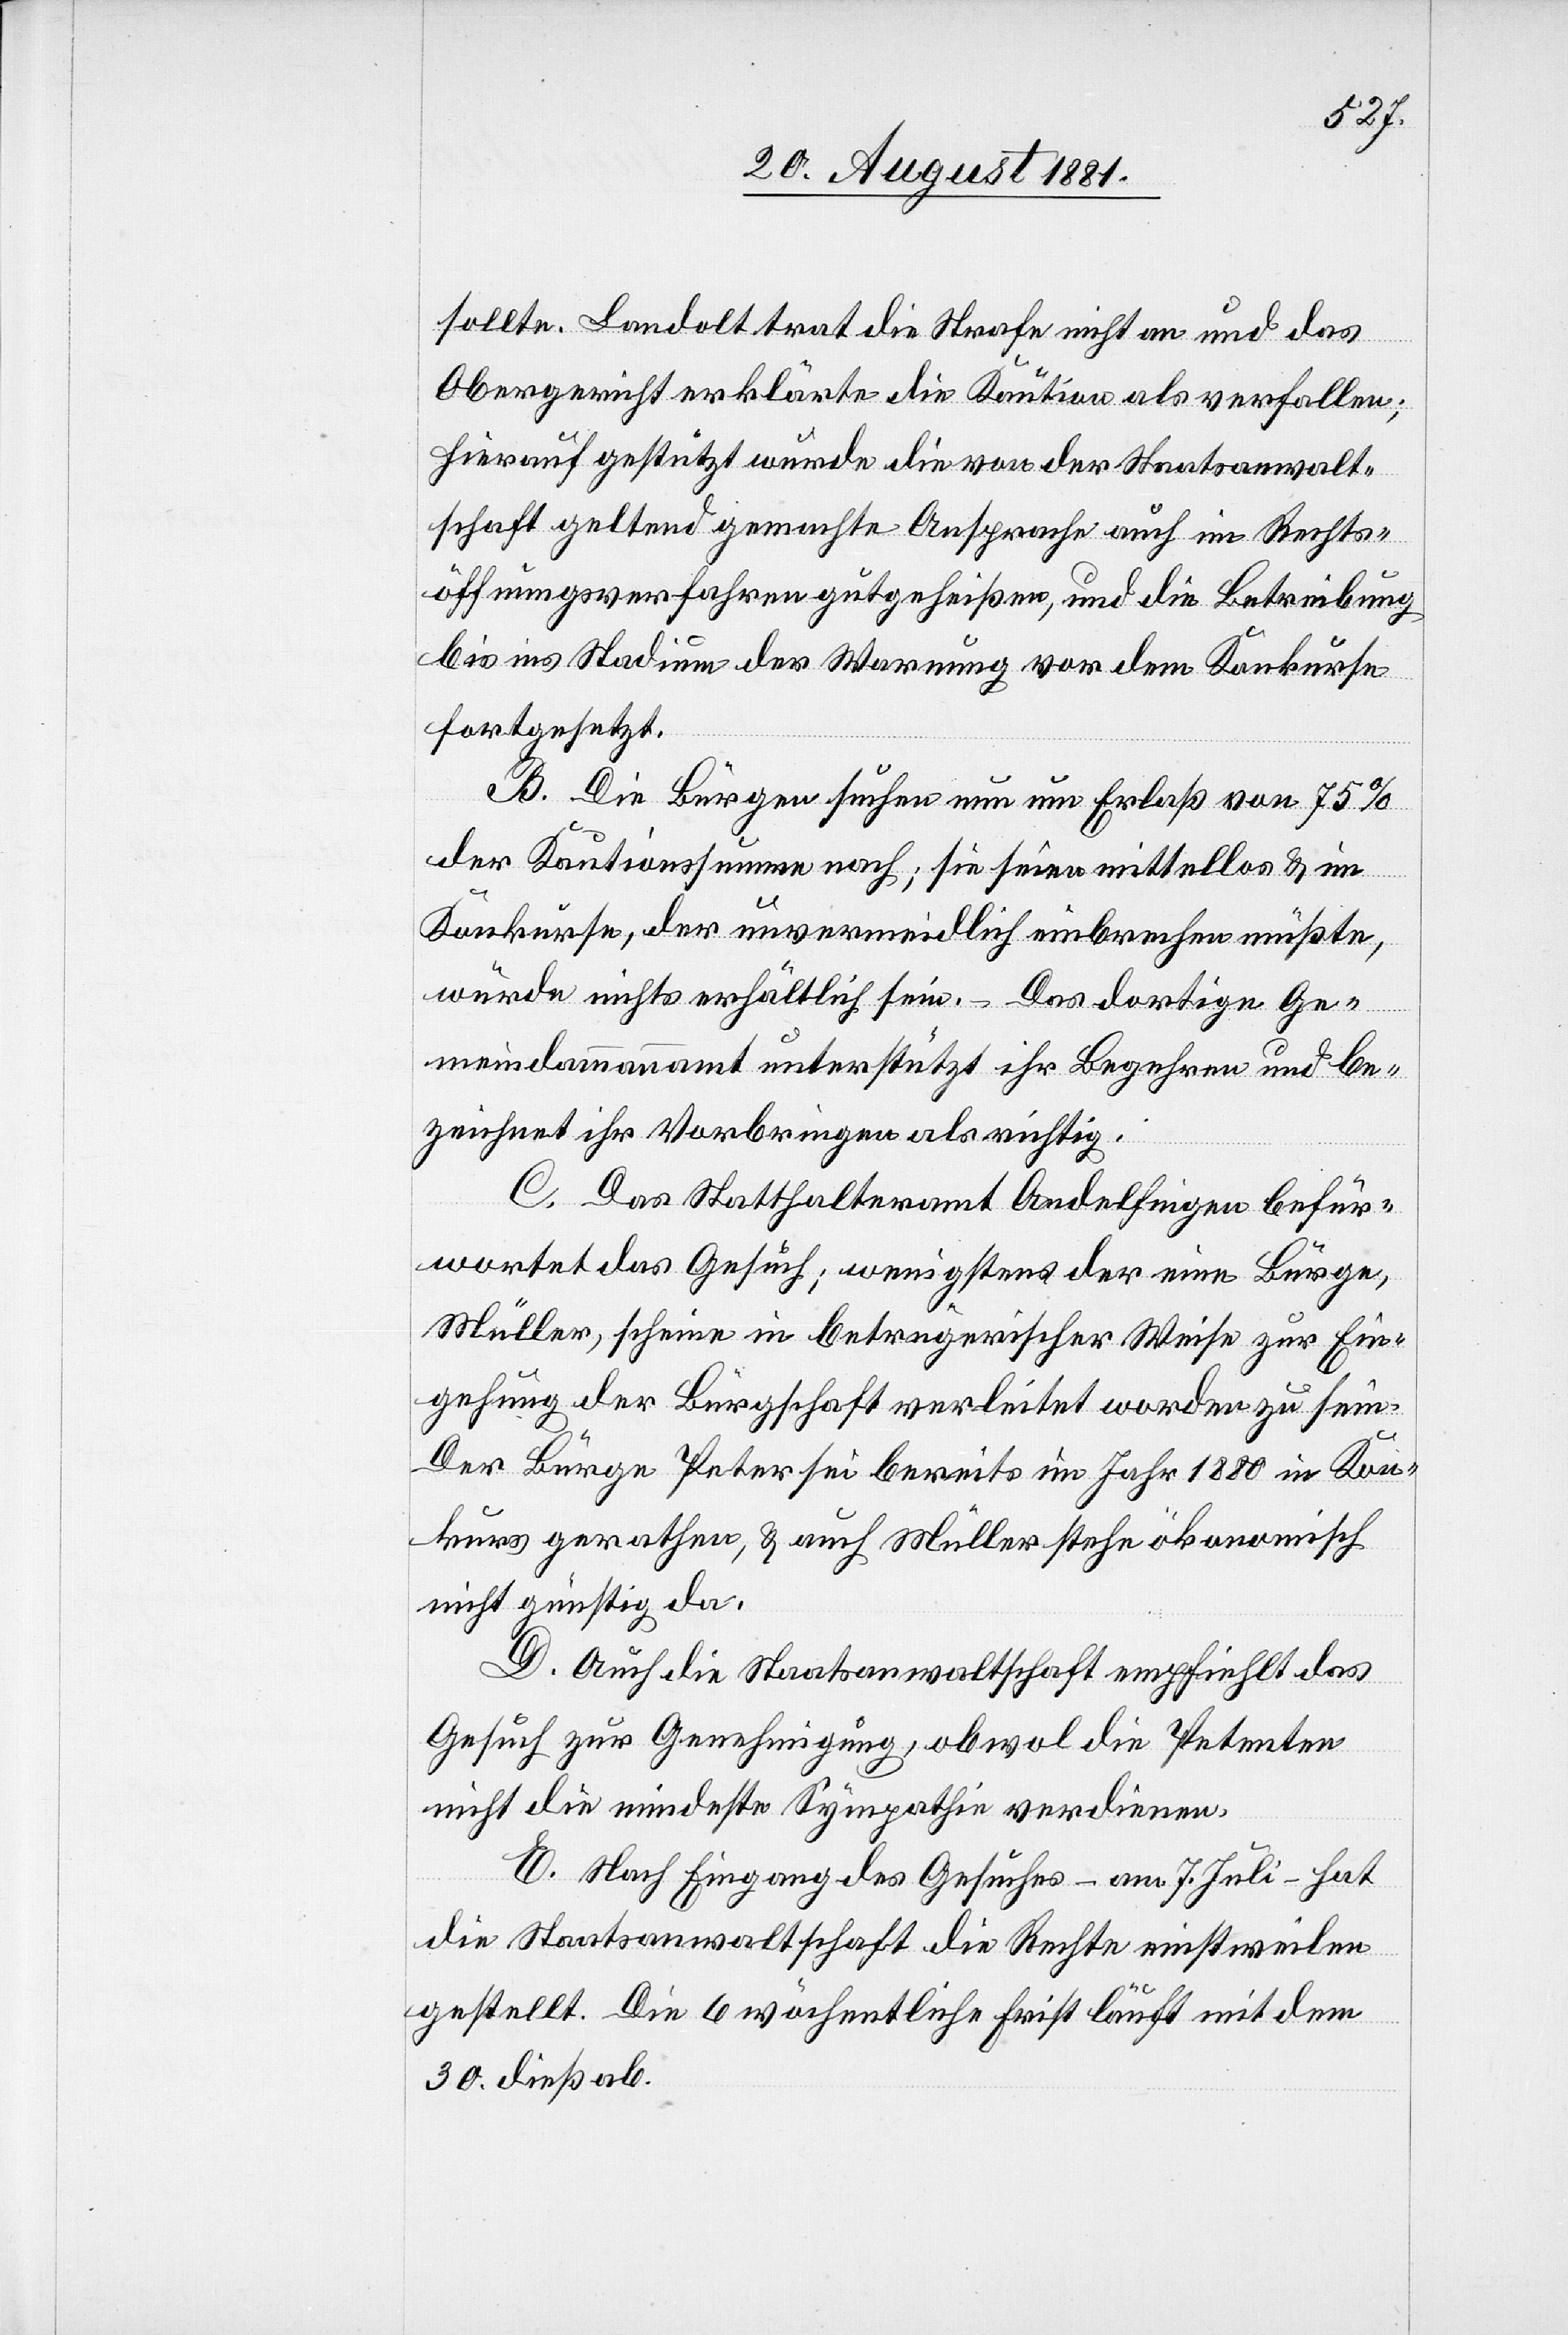
sollte. Landolt trat die Strafe nicht an und das
Obergericht erklärte die Kaution als verfallen;
hierauf gestützt wurde die von der Staatsanwalt¬
schaft geltend gemachte Ansprache auch im Rechts¬
öffnungsverfahren gutgeheißen, und die Betreibung
bis ins Stadium der Warnung vor dem Konkurse
fortgesetzt.
B. Die Bürger suchen nun um Erlaß von 75%
der Kautionssumme nach; sie seien mittellos & im
Konkurse, der unvermeidlich einbrechen müßte,
würde nichts erhältlich sein. – Das dortige Ge¬
meindammannamt unterstützt ihr Begehren und be¬
zeichnet ihr Vorbringen als richtig.
C. Das Statthalteramt Andelfingen befür¬
wortet das Gesuch; wenigstens der eine Bürge,
Müller, scheine in betrügerischer Weise zur Ein¬
gehung der Bürgschaft verleitet worden zu sein.
Der Bürge Peter sei bereits im Jahr 1880 in Kon¬
kurs gerathen, & auch Müller stehe ökonomisch
nicht günstig da.
D. Auch die Staatsanwaltschaft empfiehlt das
Gesuch zur Genehmigung, obwol die Petenten
nicht die mindeste Sympathie verdienen.
E. Nach Eingang des Gesuches – am 7. Juli – hat
die Staatsanwaltschaft die Rechte einstweilen
gestellt. Die 6 wöchentliche Frist läuft mit dem
30. dieß ab.